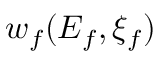
w _ { f } ( E _ { f } , \xi _ { f } )